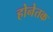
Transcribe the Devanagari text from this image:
होनेतक